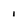
Character: 1